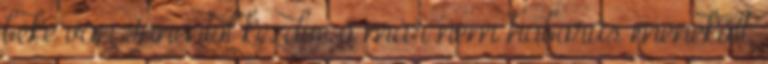
béke van Innentől kezdve ő már nem háborús menekült,